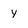
Character: y